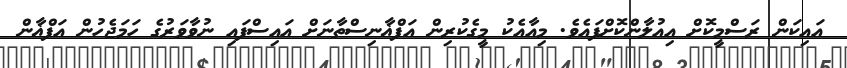
އައިކަން ރަސްމީކޮށް އިއުލާންކޮށްފައެވެ. މިއާއެކު މީގެކުރިން އަފްޣާނިސްތާނަށް އައިސްފައި ނުވާވަރުގެ ހަމަޖެހުން އަފްޣާން